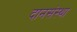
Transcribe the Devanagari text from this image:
दानसंस्था